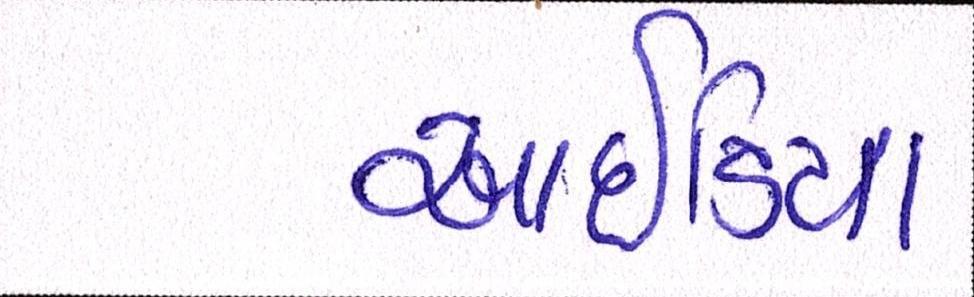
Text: આઇડિયા